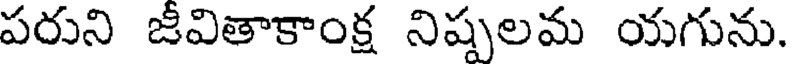
పరుని జీవితాకాంక్ష నిష్పలమ యగును.